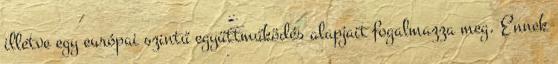
illetve egy európai szintű együttműködés alapjait fogalmazza meg. Ennek